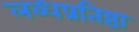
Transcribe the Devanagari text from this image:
लब्धप्रतिष्ठा